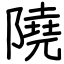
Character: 隢